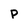
Character: P